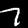
Digit: 7